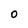
Character: 0